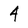
Character: 4